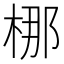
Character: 梛